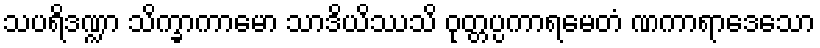
သပရိဒဏ္ဍာ သိက္ခာကာမော သာဒိယိဿသိ ဝုတ္တပ္ပကာရမေတံ ဏကာရာဒေသော